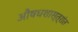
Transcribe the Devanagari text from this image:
औषधशास्त्रांत